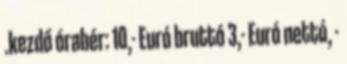
.kezdő órabér: 10,- Euró bruttó 3,- Euró nettó, -